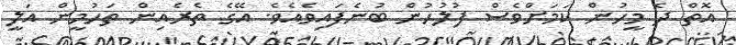
އޮތް ދެ މީހުން ކަމަށްވެސް ފުލުހުން ބުނެފައިވެއެވެ. އޭގެ ތެރެއިން ތަހުމީން އަލީ